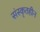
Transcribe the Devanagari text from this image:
संस्कृतहीन